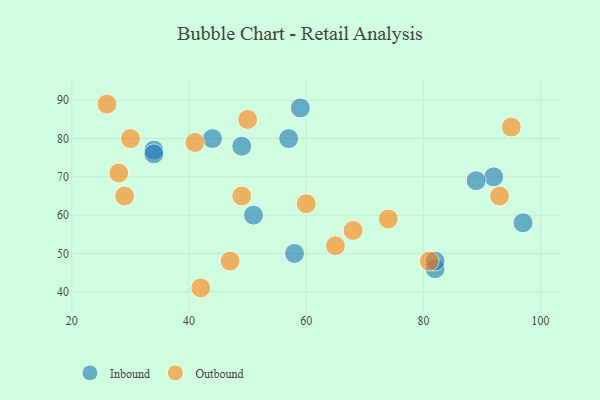
{"axis": {"x": "GDP", "y": "Life Expectancy"}, "legend": ["Inbound", "Outbound"], "data": [{"x": "51", "y": 60, "type": "Inbound"}, {"x": "82", "y": 46, "type": "Inbound"}, {"x": "58", "y": 50, "type": "Inbound"}, {"x": "92", "y": 70, "type": "Inbound"}, {"x": "57", "y": 80, "type": "Inbound"}, {"x": "44", "y": 80, "type": "Inbound"}, {"x": "49", "y": 78, "type": "Inbound"}, {"x": "97", "y": 58, "type": "Inbound"}, {"x": "82", "y": 48, "type": "Inbound"}, {"x": "89", "y": 69, "type": "Inbound"}, {"x": "34", "y": 77, "type": "Inbound"}, {"x": "59", "y": 88, "type": "Inbound"}, {"x": "34", "y": 76, "type": "Inbound"}, {"x": "60", "y": 63, "type": "Outbound"}, {"x": "47", "y": 48, "type": "Outbound"}, {"x": "26", "y": 89, "type": "Outbound"}, {"x": "81", "y": 48, "type": "Outbound"}, {"x": "30", "y": 80, "type": "Outbound"}, {"x": "49", "y": 65, "type": "Outbound"}, {"x": "68", "y": 56, "type": "Outbound"}, {"x": "93", "y": 65, "type": "Outbound"}, {"x": "41", "y": 79, "type": "Outbound"}, {"x": "42", "y": 41, "type": "Outbound"}, {"x": "29", "y": 65, "type": "Outbound"}, {"x": "74", "y": 59, "type": "Outbound"}, {"x": "28", "y": 71, "type": "Outbound"}, {"x": "95", "y": 83, "type": "Outbound"}, {"x": "50", "y": 85, "type": "Outbound"}, {"x": "65", "y": 52, "type": "Outbound"}]}